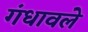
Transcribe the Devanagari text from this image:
गंधावले